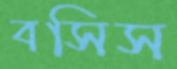
বসিস